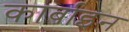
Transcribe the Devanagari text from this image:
कार्बाइन